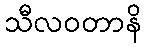
သီလဝတာနိ